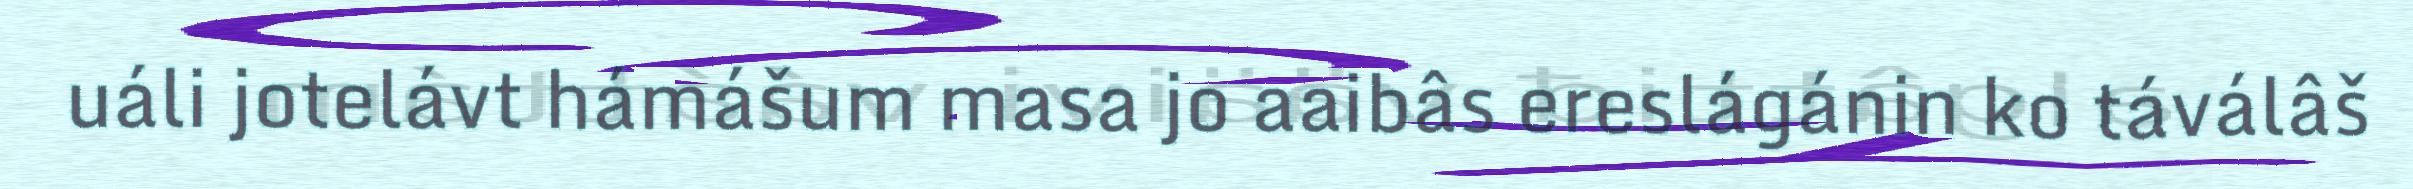
uáli jotelávt hámášum masa jo aaibâs ereslágánin ko táválâš